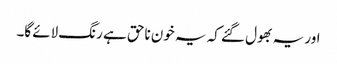
اور یہ بھول گئے کہ یہ خون ناحق ہے رنگ لائے گا۔